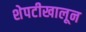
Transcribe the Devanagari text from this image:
शेपटीखालून